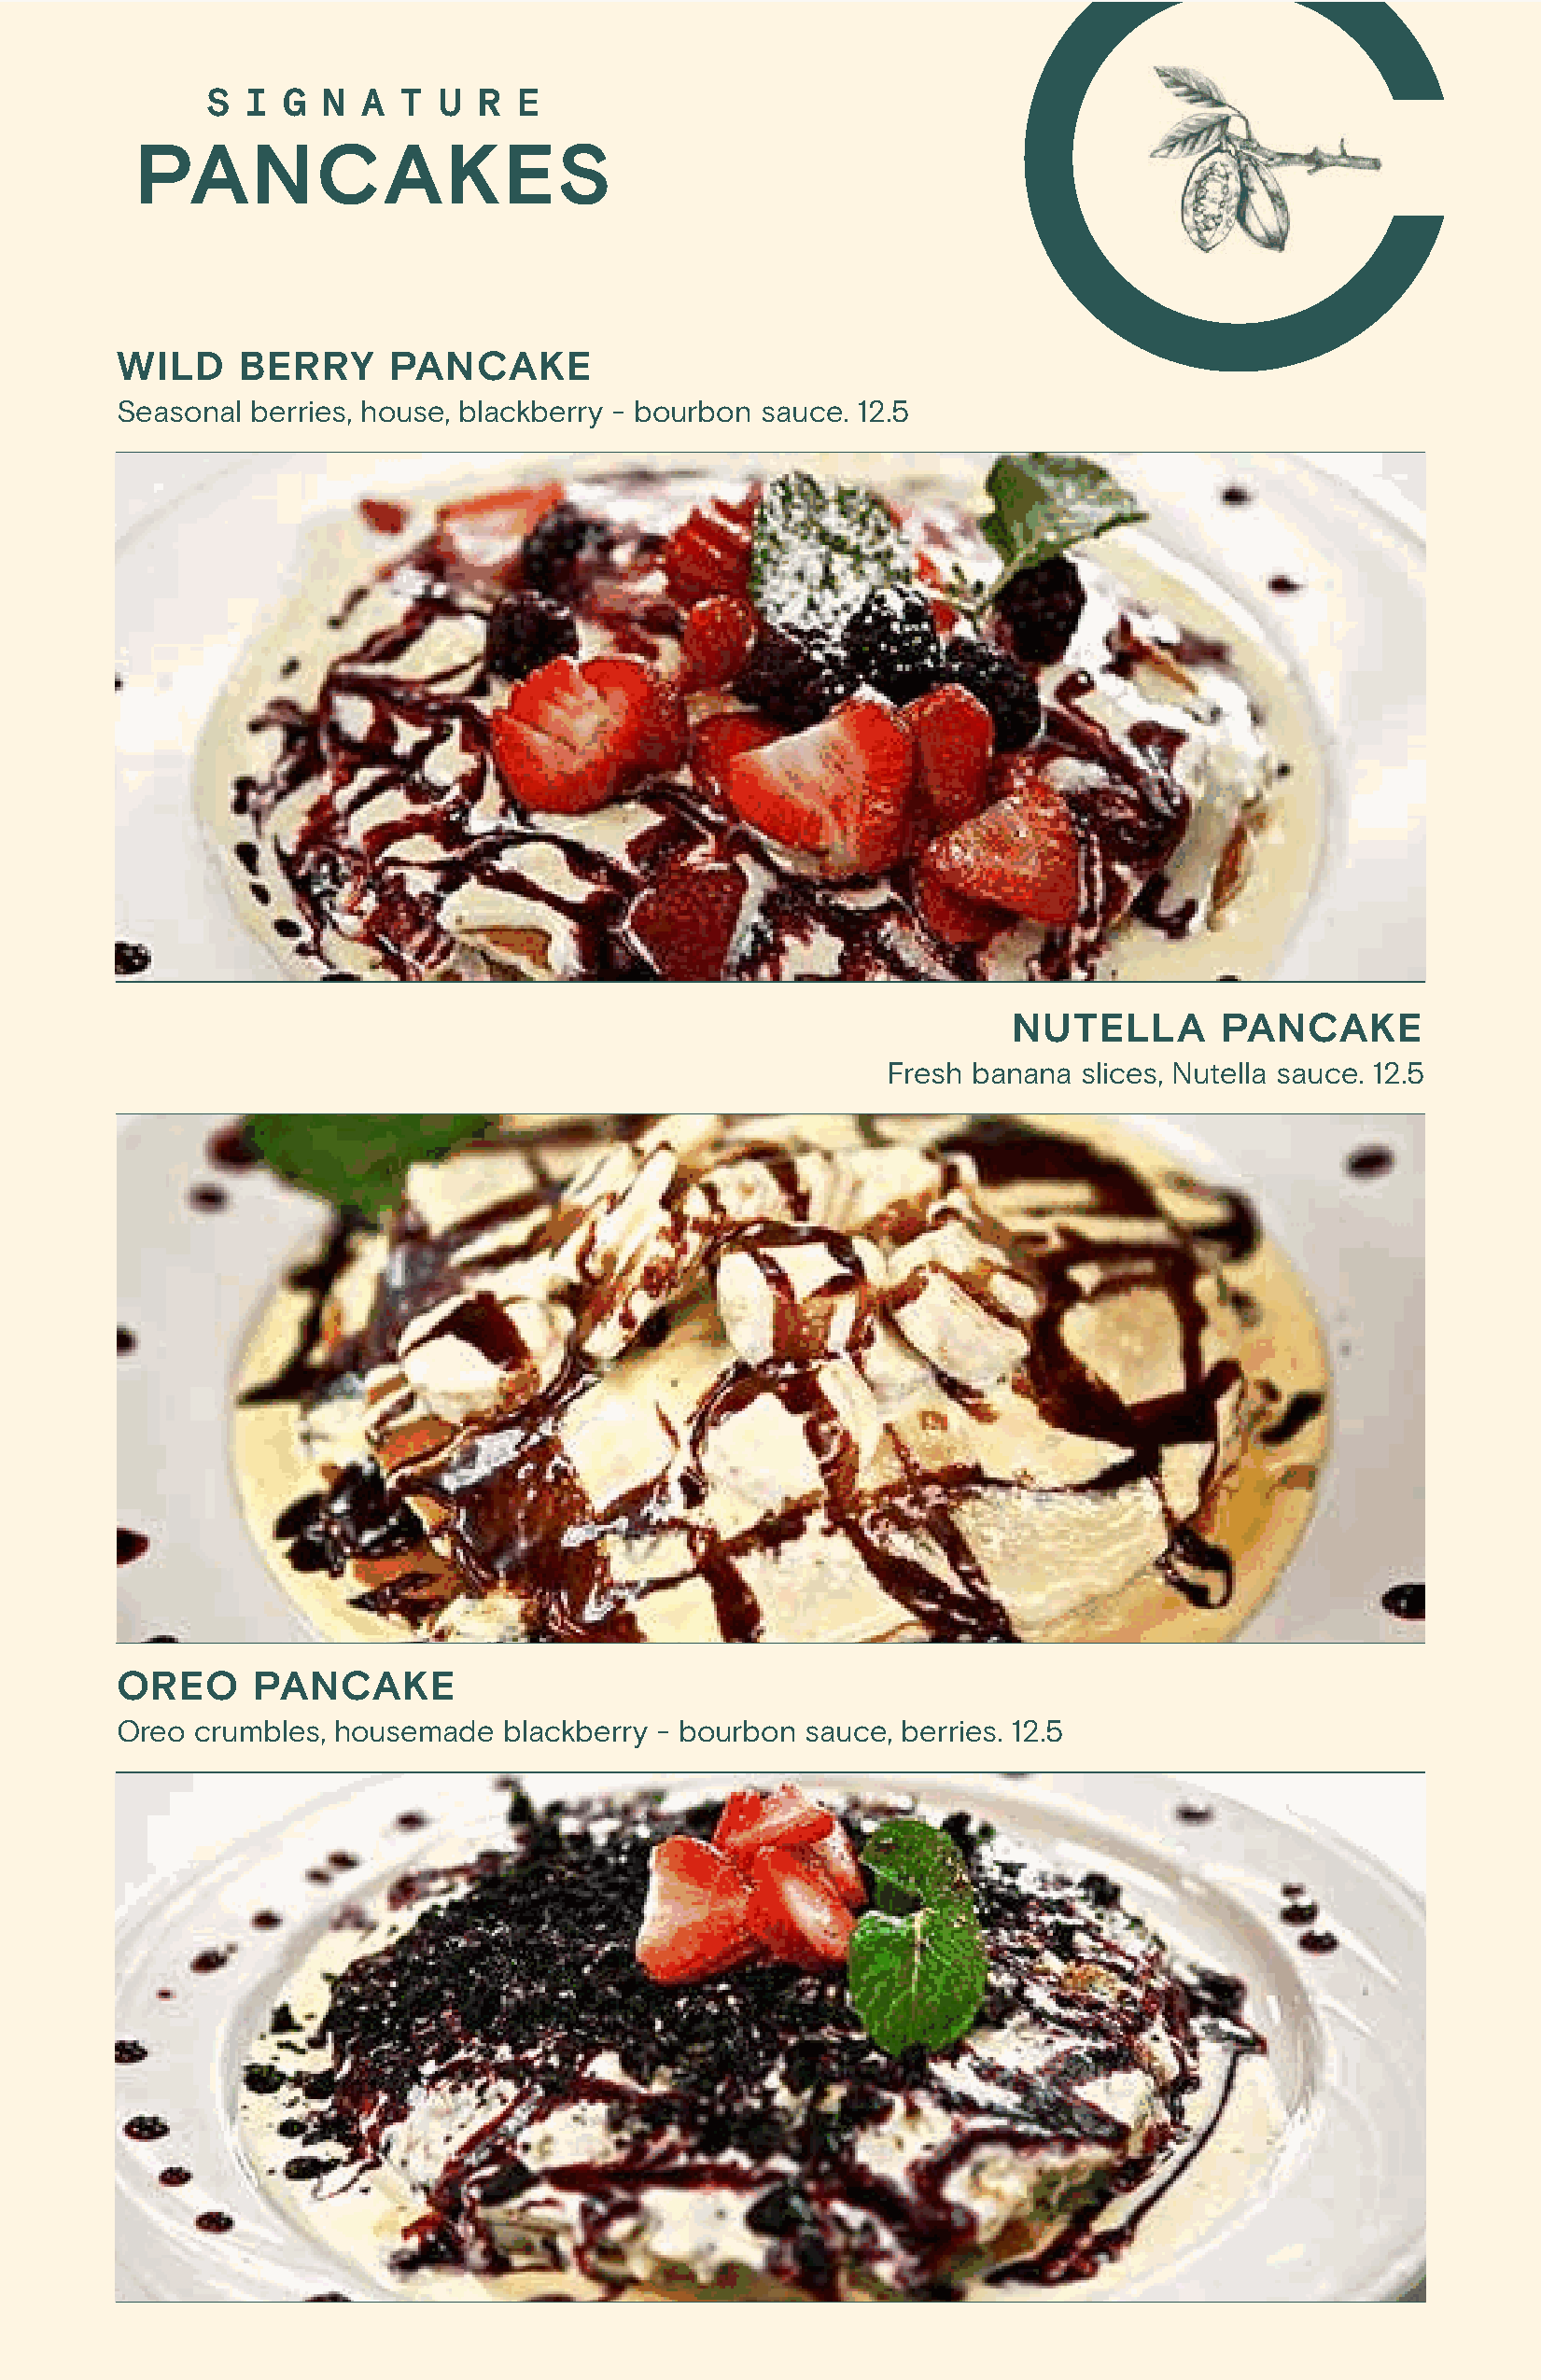
S I  G  N  A T  U  R  E
 PANCAKES
 WILD     BERRY      PANCAKE
 Seasonal  berries, house, blackberry - bourbon sauce. 12.5
 NUTELLA        PANCAKE
 Fresh banana  slices, Nutella sauce. 12.5
 OREO      PANCAKE
 Oreo  crumbles, housemade   blackberry - bourbon sauce, berries. 12.5